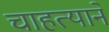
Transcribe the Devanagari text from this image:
चाहत्याने